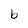
Character: b